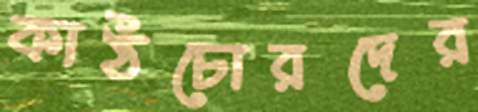
কাঠচোরদের